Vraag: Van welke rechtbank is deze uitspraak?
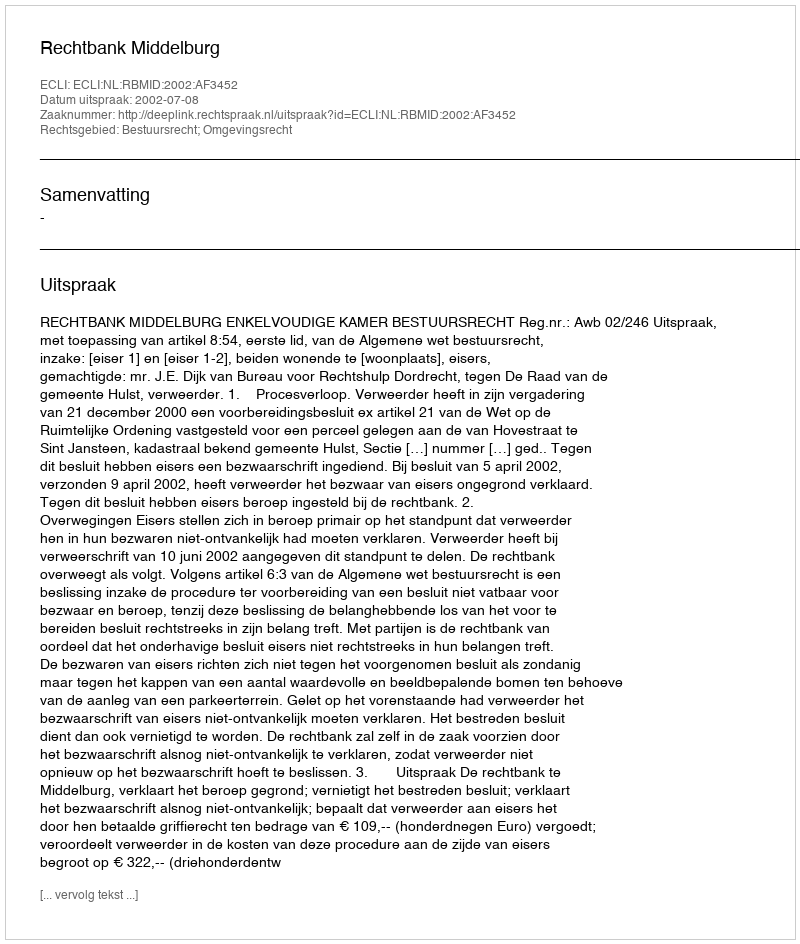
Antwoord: Rechtbank Middelburg